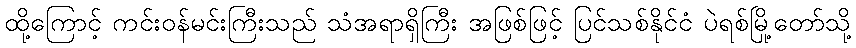
ထို့ကြောင့် ကင်းဝန်မင်းကြီးသည် သံအရာရှိကြီး အဖြစ်ဖြင့် ပြင်သစ်နိုင်ငံ ပဲရစ်မြို့တော်သို့